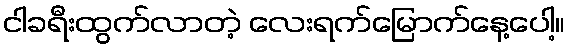
ငါခရီးထွက်လာတဲ့ လေးရက်မြောက်နေ့ပေါ့။